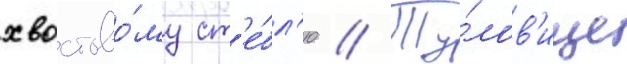
хвостово́му ст'е́бл'ю // Ту́лов'ище